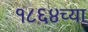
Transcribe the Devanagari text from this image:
१८६४च्या